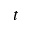
t